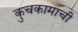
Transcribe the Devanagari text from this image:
कुचकामाची